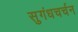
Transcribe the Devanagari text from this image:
सुगंधचर्चन